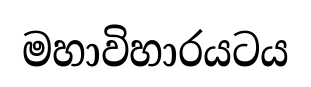
මහාවිහාරයටය